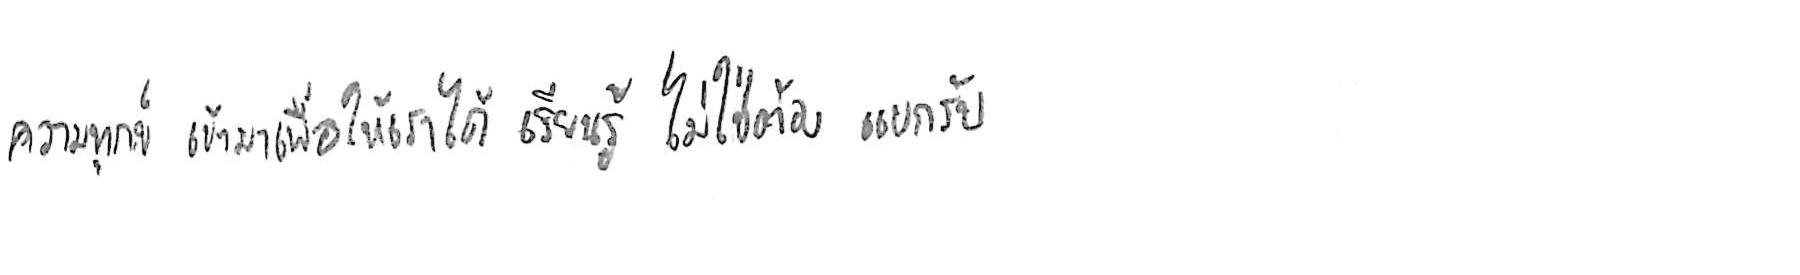
ความทุกข์ เข้ามาเพื่อให้เราได้ เรียนรู้ ไม่ใช่ต้อง แบกรับ